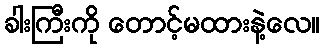
ခါးကြီးကို တောင့်မထားနဲ့လေ။